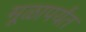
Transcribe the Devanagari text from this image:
मूळापर्यंत